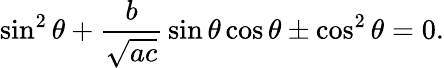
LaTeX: \sin^{2}\theta+{\frac{b}{\sqrt{ac}}}\sin\theta\cos\theta\pm\cos^{2}\theta=0.